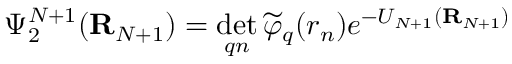
\Psi _ { 2 } ^ { N + 1 } ( { \bf R } _ { N + 1 } ) = \operatorname* { d e t } _ { q n } \widetilde { \varphi } _ { q } ( r _ { n } ) e ^ { - U _ { N + 1 } ( { \bf R } _ { N + 1 } ) }